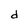
Character: d